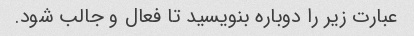
عبارت زیر را دوباره بنویسید تا فعال و جالب شود.